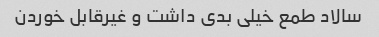
سالاد طمع خیلی بدی داشت و غیرقابل خوردن